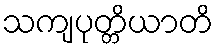
သကျပုတ္တိယာတိ